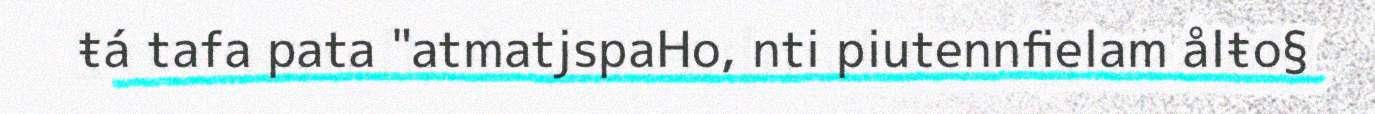
ŧá tafa pata "atmatjspaHo, nti piutennfielam ålŧo§